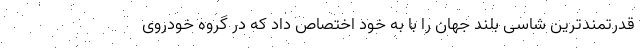
قدرتمندترین شاسی بلند جهان را با به خود اختصاص داد که در گروه خودروی